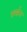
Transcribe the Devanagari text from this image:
प्रवर्द्धनः